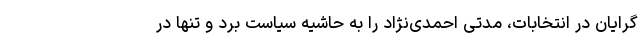
گرایان در انتخابات، مدتی احمدی‌نژاد را به حاشیه سیاست برد و تنها در